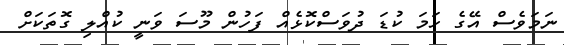
ނަމަވެސް އޭގެ ހަމަ ކުޑަ ދުވަސްކޮޅެއް ފަހުން މޫސަ ވަނީ ކުއްލި ގޮތަކަށް